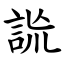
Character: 詤